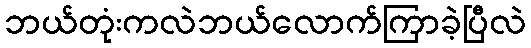
ဘယ်တုံးကလဲဘယ်လောက်ကြာခဲ့ပြီလဲ